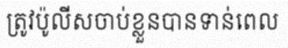
ត្រូវប៉ូលីសចាប់ខ្លួនបានទាន់ពេល